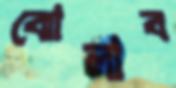
ঝোলাব